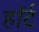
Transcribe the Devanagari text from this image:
हाॅर्ट